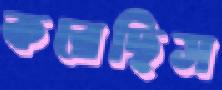
করেছিস